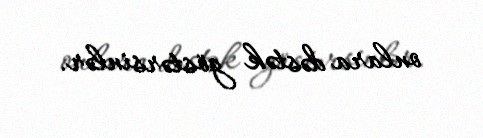
onlara dəstək göstərsinlər.